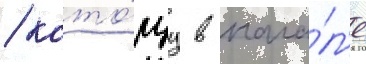
/ кото́руу в нача́л'е